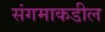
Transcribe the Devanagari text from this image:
संगमाकडील